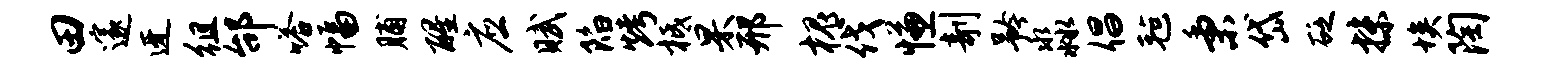
田邃迓徂邰嗒幅脯醒应赋陷烤柢杲邢槐伐慊剞矜淼倡毡秉岱砭抹埃陶